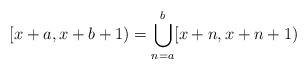
LaTeX: \begin{align*}[x+a,x+b+1)=\bigcup_{n=a}^{b}[x+n,x+n+1)\end{align*}